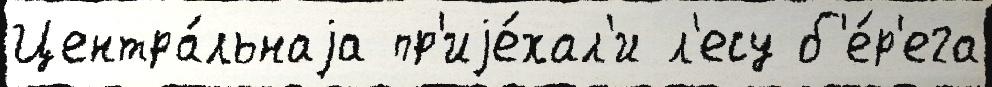
Центра́льнаjа пр'иjе́хал'и л'есу б'е́р'ега